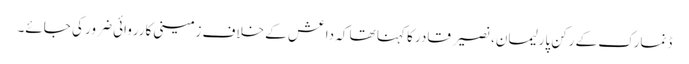
ڈنمارک کے رکن پارلیمان، نصیر قادر کا کہنا تھا کہ داعش کے خلاف زمینی کارروائی ضرور کی جائے۔